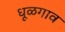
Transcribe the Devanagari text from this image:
धूळगाव